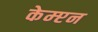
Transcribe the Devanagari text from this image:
केम्प्टन